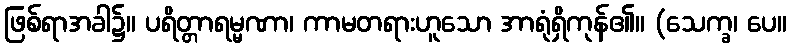
ဖြစ်ရာအခါ၌။ ပရိတ္တာရမ္မဏာ၊ ကာမတရားဟူသော အာရုံရှိကုန်၏။ (သေက္ခ၊ ပေ။